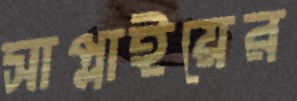
সাপ্লাইয়ের